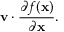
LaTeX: \mathbf { v } \cdot { \frac { \partial f ( \mathbf { x } ) } { \partial \mathbf { x } } } .